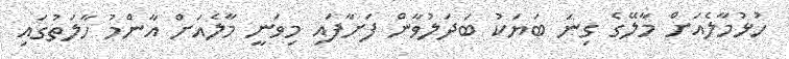
ހުޅުމާލެއަށް މާލޭގެ ގިނަ ބަޔަކު ބަދަލުވާން ފަށާފައި މިވަނީ މާލެއަށް އާންމު ހާލަތުގައި